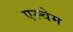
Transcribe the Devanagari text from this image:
एस्चेम